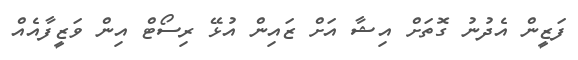
ފަޒީން އެދުނު ގޮތަށް އިޝާ އަށް ޒައިން އުޅޭ ރިސޯޓް އިން ވަޒީފާއެއް